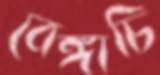
বেঙ্গাচি